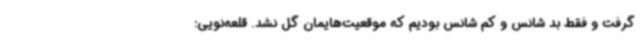
گرفت و فقط بد شانس و کم شانس بودیم که موقعیت‌هایمان گل نشد. قلعه‌نویی: